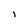
Character: i